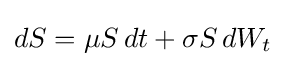
dS=\mu S\,dt+\sigma S\,dW_{t}